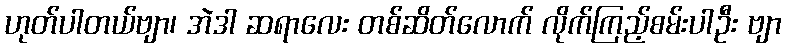
ဟုတ်ပါတယ်ဗျာ၊ အဲဒါ ဆရာလေး တစ်ဆိတ်လောက် လိုက်ကြည့်စမ်းပါဦး ဗျာ